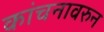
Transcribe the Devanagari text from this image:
कांचनावरुन